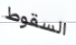
السقوط